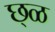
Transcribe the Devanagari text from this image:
छ्ळ